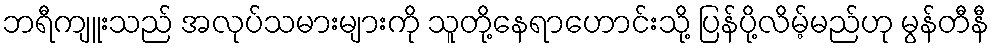
ဘရီကျူးသည် အလုပ်သမားများကို သူတို့နေရာဟောင်းသို့ ပြန်ပို့လိမ့်မည်ဟု မွန်တီနီ